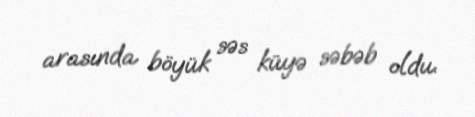
arasında böyük səs küyə səbəb oldu.